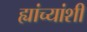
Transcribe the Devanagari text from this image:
ह्यांच्यांशी